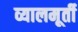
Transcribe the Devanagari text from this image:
व्यालमूर्ती